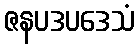
ဇနပဒပဒေသံ